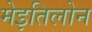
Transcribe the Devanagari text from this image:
मेइतिलोन